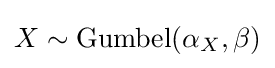
X\sim \mathrm {Gumbel} (\alpha _{X},\beta )